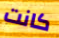
كانت